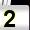
Digit: 2